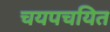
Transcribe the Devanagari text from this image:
चयपचयित